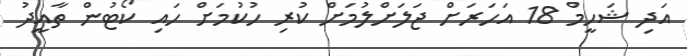
އަދި ޝަހީމް 18 އަހަރަށް ޖަލަށްލުމަށް ކުރި ހުކުމަށް ހައި ކޯޓުން ތާއީދު